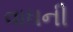
વાધની